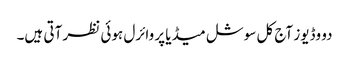
دو وڈیوز آج کل سوشل میڈیا پر وائرل ہوئی نظر آتی ہیں۔